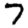
Digit: 7